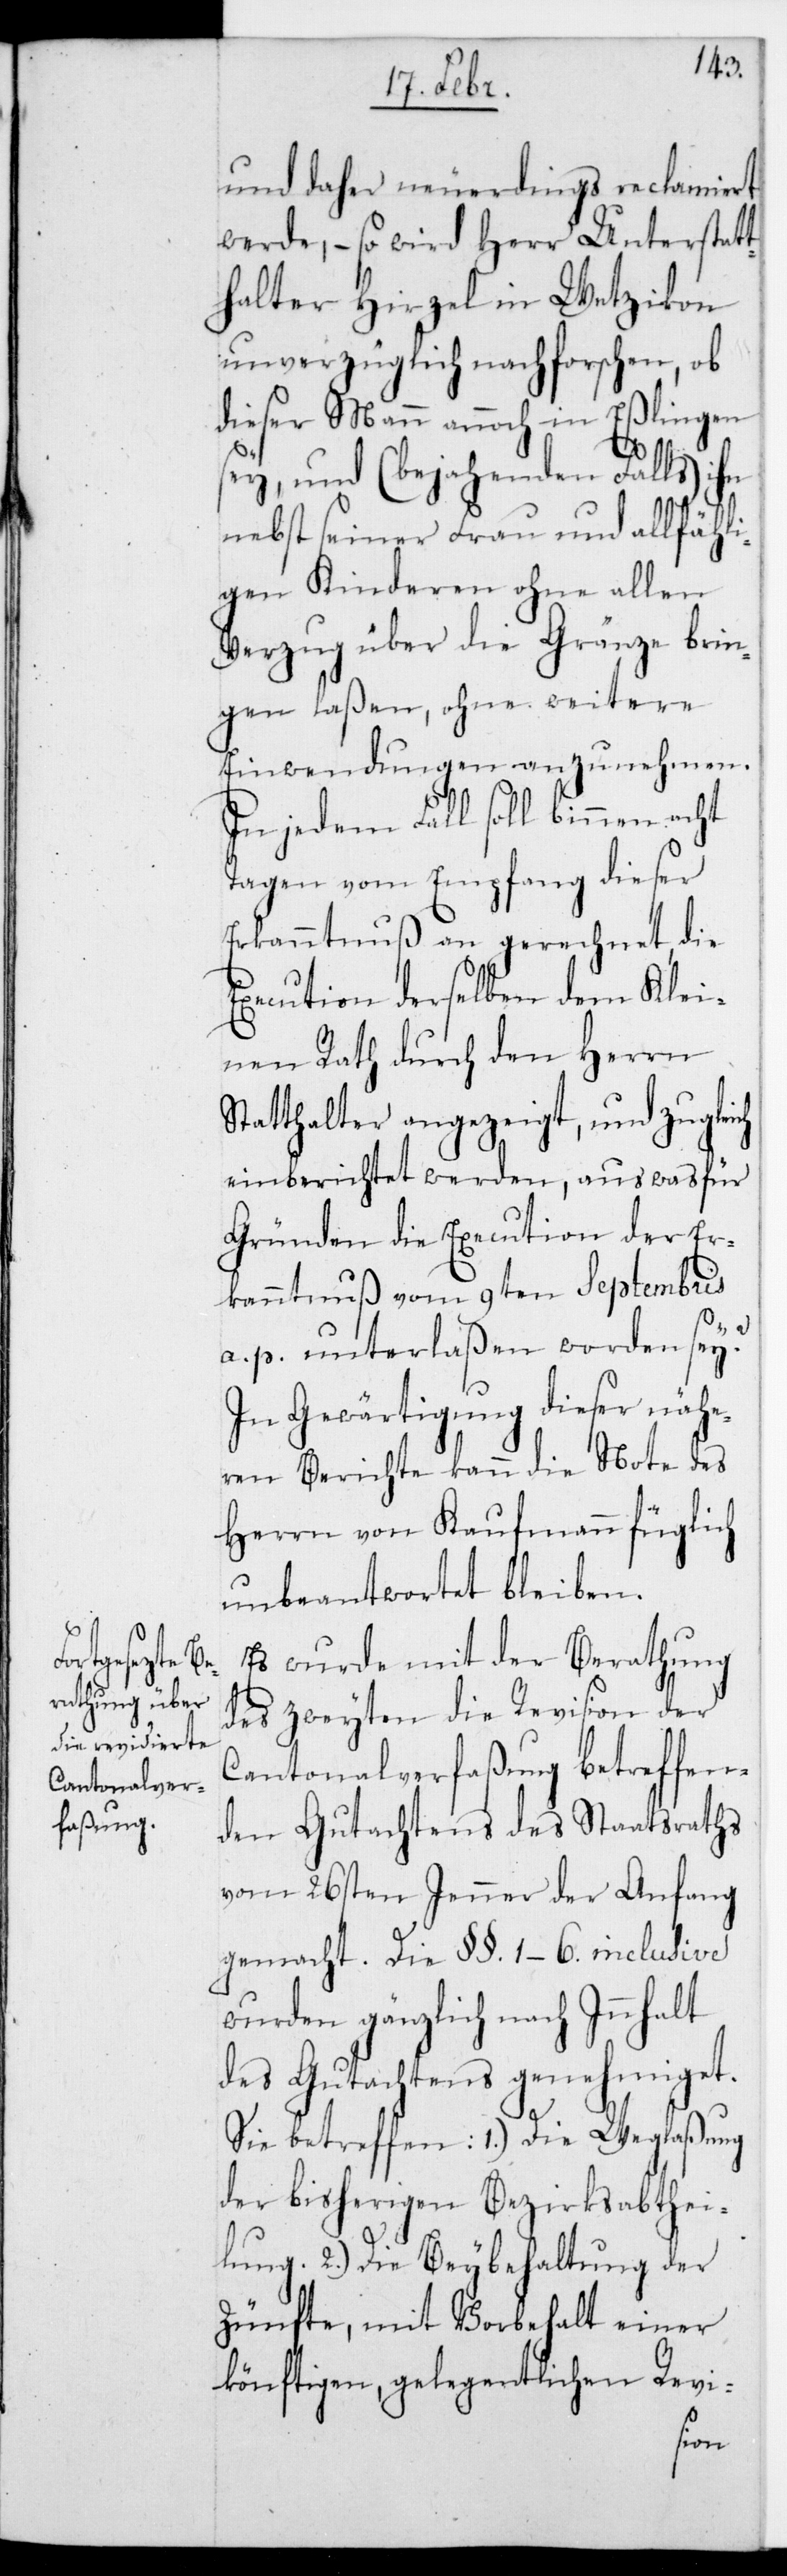
Die Weg¬
lung.

und daher neuerdings reclamiert
werde, – so wird Herr Unterstatt¬
halter Hirzel in Wetzikon
unverzüglich nachforschen, ob
dieser Mann annoch in Eßlingen
sey, und (bejahenden Falls) ihn
nebst seiner Frau und allfähl¬
igen Kinderen ohne allen
Verzug über die Gränze brin¬
gen laßen, ohne weitere
Einwendungen anzunehmen.
In jedem Fall soll binnen acht
Tagen vom Empfang dieser
Erkanntnuß an gerechnet, die
Execution derselben dem Klei¬
nen Rath durch den Herrn
Statthalter angezeigt, und zugleich
einberichtet werden, aus was für
Gründen die Execution der Er¬
kanntnuß vom 9ten Septembris
a. p. unterlaßen worden sey?
In Gewärtigung dieser nähe¬
ren Berichte kann die Note des
Herrn von Kaufmann füglich
unbeantwortet bleiben.
Es wurde mit der Berathung
des zweyten die Revision der
Cantonalverfaßung betreffen¬
den Gutachtens des Staatsraths
vom 26sten Jenner der Anfang
gemacht. Die §§. 1–6. inclusive
wurden gänzlich nach Innhalt
des Gutachtens genehmiget.
der bisherigen Bezirksabthei¬
2.) Die Beybehaltung der
Zünfte, mit Vorbehalt einer
könftigen, gelegentlichen Revi-